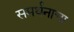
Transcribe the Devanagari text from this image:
समर्थनाचा